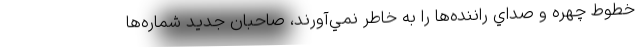
خطوط چهره و صداي راننده‌ها را به خاطر نمي‌آورند، صاحبان جديد شماره‌ها